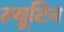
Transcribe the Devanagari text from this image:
ल्यूटिन